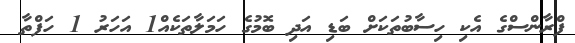
ފްރާންސްގެ އެކި ހިސާބުތަކަށް ބަޑި އަދި ބޮމުގެ ހަމަލާތަކެއް1 އަހަރު 1 ހަފްތާ